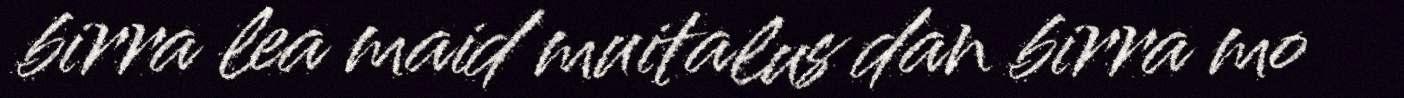
birra lea maid muitalus dan birra mo